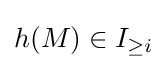
h(M)\in I_{\geq i}